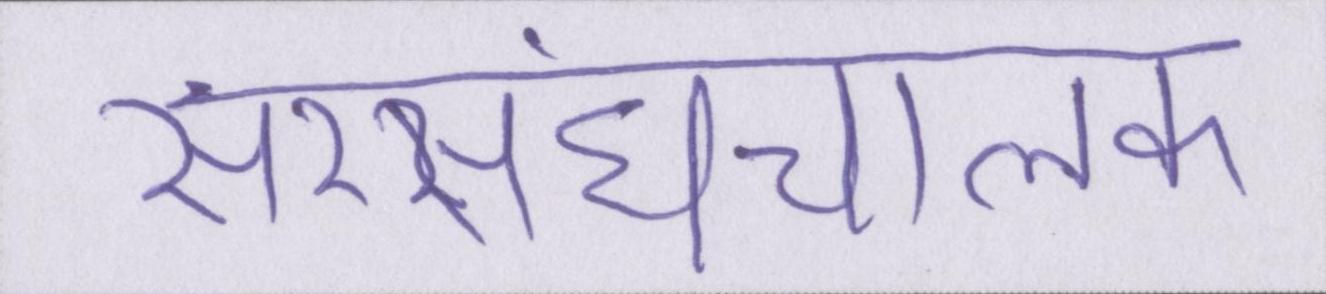
सरसंघचालक